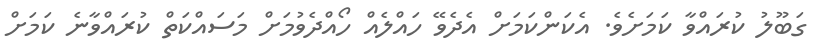
ގަބޫލު ކުރައްވާ ކަމަށެވެ. އެކަންކަމަށް އެދެވޭ ހައްލެއް ހޯއްދެވުމަށް މަސައްކަތް ކުރައްވާނެ ކަމަށް